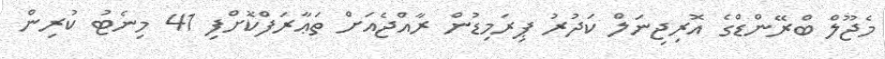
މެޖޫލް ބްރޭންޑްގެ އޮރިޖިނަލް ކަދުރު ޕިރަމިޑުން ރާއްޖެއަށް ތަޢާރަފްކޮށްފި 41 މިނެޓު ކުރިން